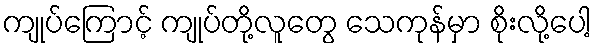
ကျုပ်ကြောင့် ကျုပ်တို့လူတွေ သေကုန်မှာ စိုးလို့ပေါ့